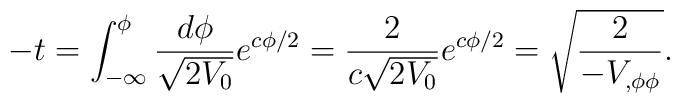
-t = \int_{-\infty}^\phi { d\phi  \over \sqrt{2 V_0}} e^{c \phi/2}   = {2\over  c \sqrt{2 V_0}} e^{c \phi/2}= \sqrt{2 \over -V_{,\phi \phi}}.